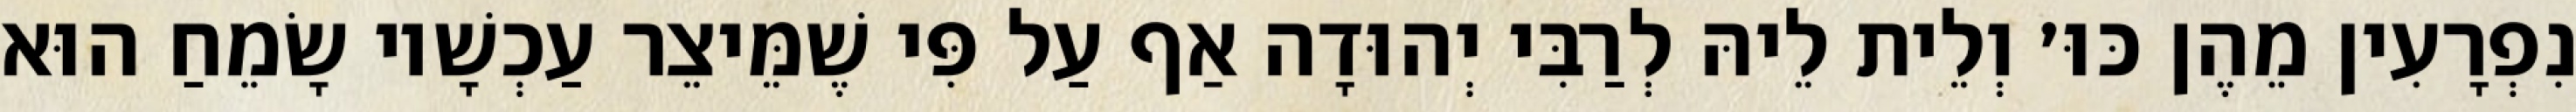
נִפְרָעִין מֵהֶן כּוּ׳ וְלֵית לֵיהּ לְרַבִּי יְהוּדָה אַף עַל פִּי שֶׁמֵּיצֵר עַכְשָׁיו שָׂמֵחַ הוּא